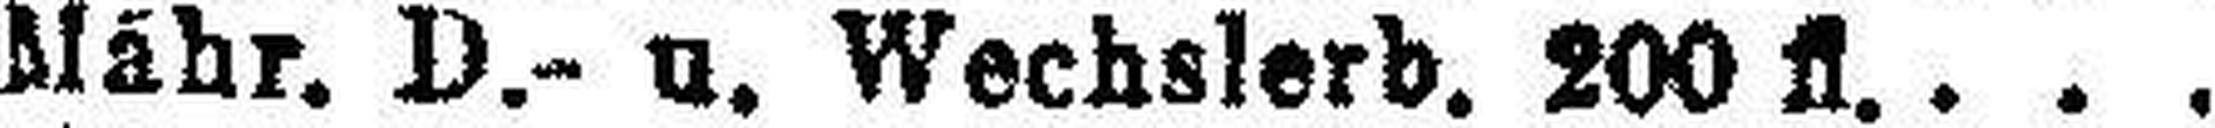
Mähr. D.- u. Wechslerb. 200 fl.